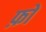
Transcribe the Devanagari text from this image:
फ़ों